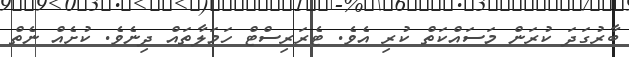
ބާރުގަދަ ކުރަން މަސައްކަތް ކުރި އެވެ. ޓެރަރިސްޓް ހަމަލާތައް ދިނެވެ. ކުށެއް ނެތް